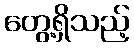
တွေ့ရှိသည့်